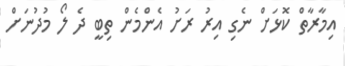
އިމާރާތް ކޮޅަށް ނެގި އިރު ރަށު އެންމެން ތިބީ ދެ ލޯ މުދުނަށް